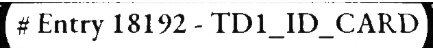
# Entry 18192 - TD1_ID_CARD